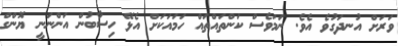
ވަރަށް އުނދަގުވެ އެވެ. ނަމަވެސް ކަންތައްތައް ހަމައަކަށް އެޅޭ ހިސާބުން އަންނަނީ ޔޮންގް